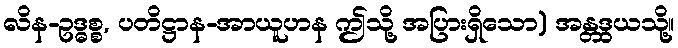
လိန-ဥဒ္ဓစ္စ, ပတိဋ္ဌာန-အာယူဟန ဤသို့ အပြားရှိသော) အန္တဒွယသို့။